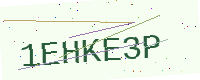
Text: 1EHKE3P